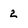
Character: 2